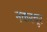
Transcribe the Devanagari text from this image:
नकरचूर